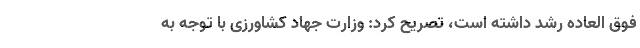
فوق العاده رشد داشته است، تصریح کرد: وزارت جهاد کشاورزی با توجه به